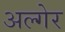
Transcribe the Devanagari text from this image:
अल्गेर